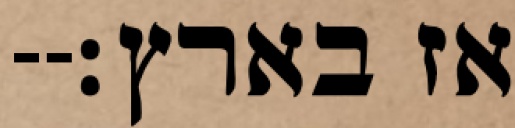
אז בארץ׃--